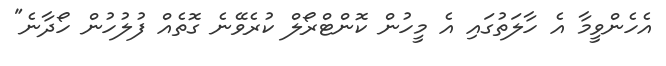
އެހެންވީމާ އެ ހާލަތުގައި އެ މީހުން ކޮންޓްރޯލް ކުރެވޭނެ ގޮތެއް ފުލުހުން ހޯދާނެ"